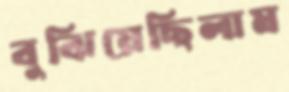
বুঝিয়েছিলাম